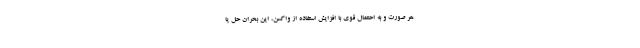
هر صورت و به احتمال قوی با افزایش استفاده از واکسن، این بحران حل یا